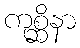
ကုစ္ဆိနာ